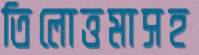
তিলোত্তমাসহ